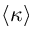
\langle \kappa \rangle